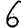
Digit: 6